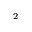
^ 2